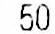
50